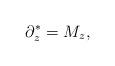
LaTeX: \begin{align*} \partial_z^*=M_z,\end{align*}